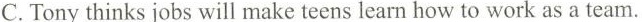
C.Tonythinks jobs will make teens learn how to work as team.